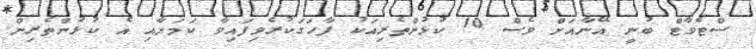
ސްޓެވާޓް ބުނީ އޭނާއަށް ވެސް 10 ކުޅުންތެރިއަކު ފާހަގަކުރެވިފައިވާ ކަމަށާއި އެ ކުޅުންތެރިން